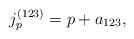
LaTeX: \begin{align*}j_p^{(123)} = p + a_{123},\end{align*}